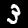
Digit: 3